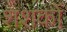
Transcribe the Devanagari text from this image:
शशकों